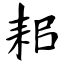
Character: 耜